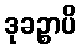
ဒုခဉ္စာပိ